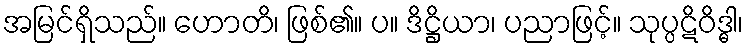
အမြင်ရှိသည်။ ဟောတိ၊ ဖြစ်၏။ ပ။ ဒိဋ္ဌိယာ၊ ပညာဖြင့်။ သုပ္ပဋိဝိဒ္ဓါ၊